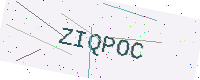
Text: ZIQPOC